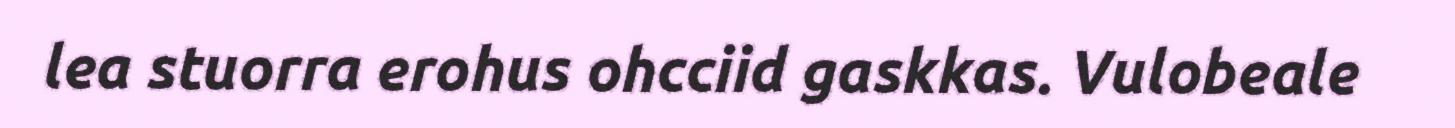
lea stuorra erohus ohcciid gaskkas. Vulobeale